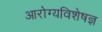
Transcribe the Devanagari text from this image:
आरोग्यविशेषज्ञ